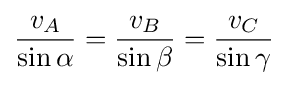
{\frac {v_{A}}{\sin \alpha }}={\frac {v_{B}}{\sin \beta }}={\frac {v_{C}}{\sin \gamma }}